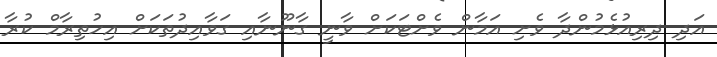
އަދި ދިރިއުޅެމުންދާ ވެށި އަމާން ވެށްޓަކަށް ވާނީ ގާނޫނާއި ގަވާއިދުތަކަށް އިހުތިރާމް ކުރާ